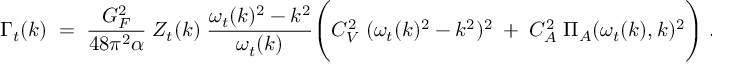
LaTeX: { \Gamma _ { t } ( k ) \; = \; { \frac { G _ { F } ^ { 2 } } { 4 8 \pi ^ { 2 } \alpha } } \; Z _ { t } ( k ) \; { \frac { \omega _ { t } ( k ) ^ { 2 } - k ^ { 2 } } { \omega _ { t } ( k ) } } \Bigg ( C _ { V } ^ { 2 } \; ( \omega _ { t } ( k ) ^ { 2 } - k ^ { 2 } ) ^ { 2 } \; + \; C _ { A } ^ { 2 } \; \Pi _ { A } ( \omega _ { t } ( k ) , k ) ^ { 2 } \Bigg ) \; . }